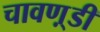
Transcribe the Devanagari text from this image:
चावण़्डी